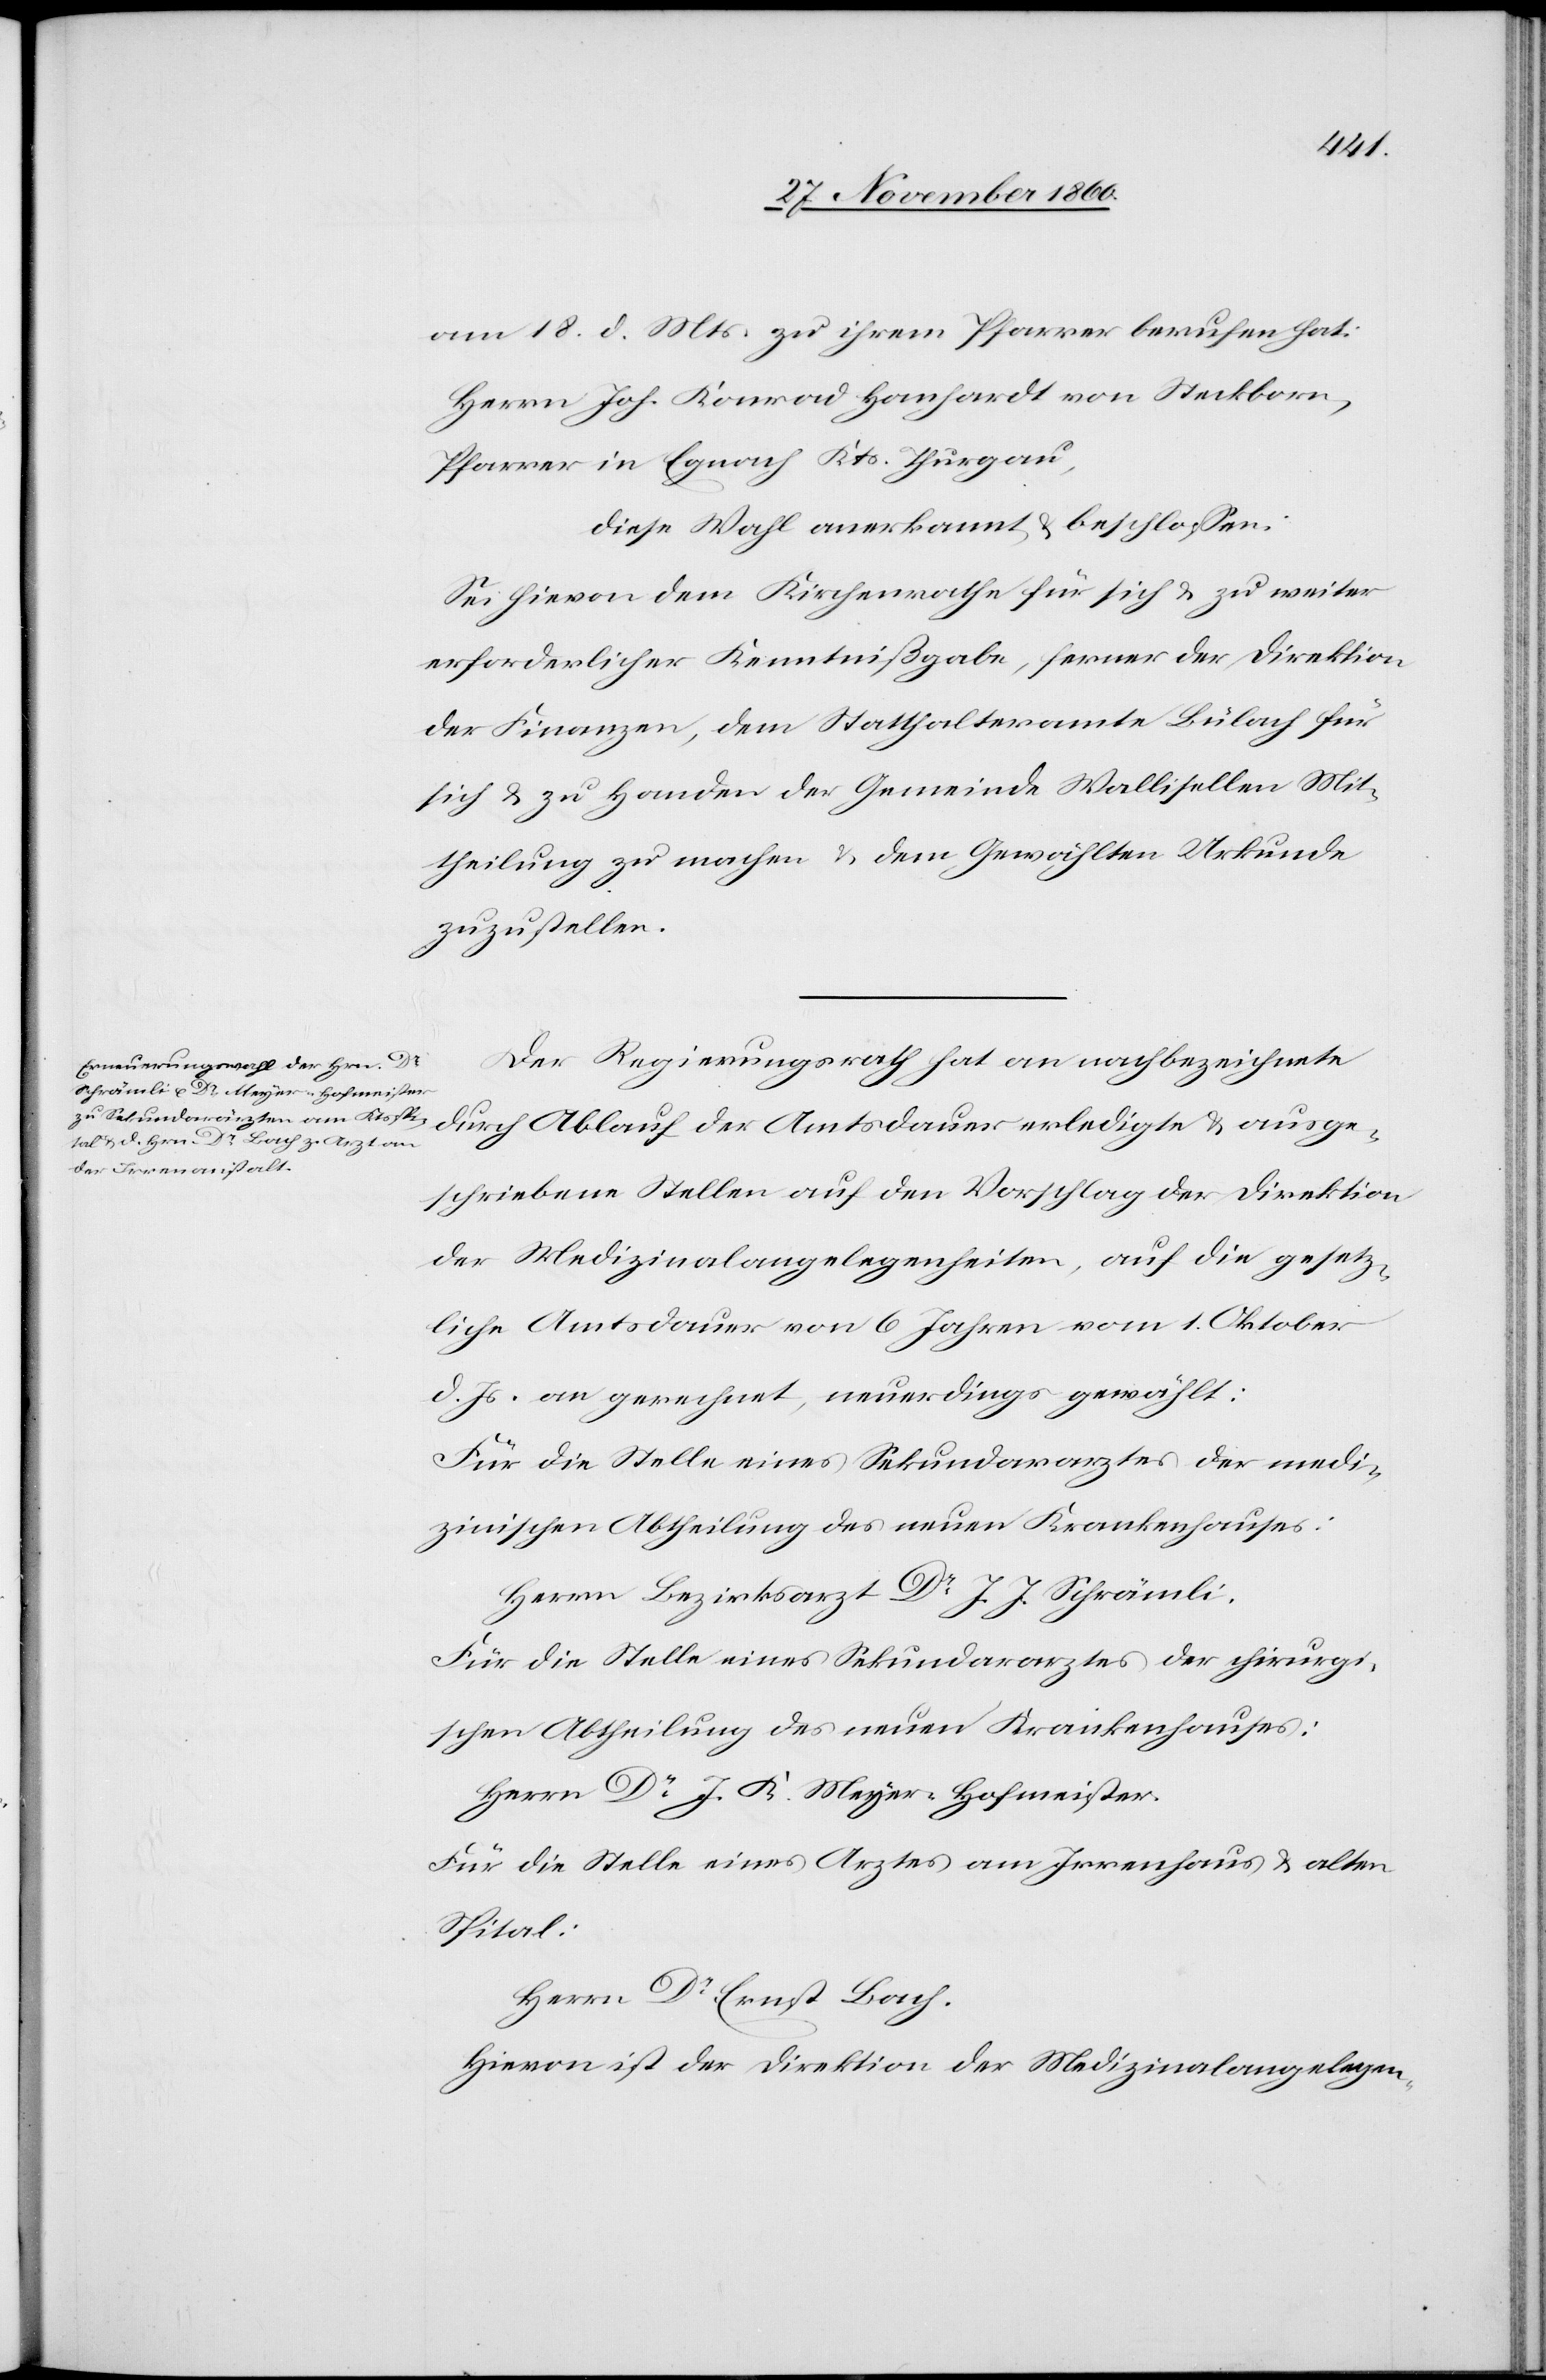
am 18. d. Mts. zu ihrem Pfarrer berufen hat:
Herrn Joh. Konrad Hanhardt von Steckborn,
Pfarrer in Egnach Kts. Thurgau,
diese Wahl anerkannt u. beschlossen:
Sei hievon dem Kirchenrathe für sich u. zu weiter
erforderlicher Kenntnißgabe, ferner der Direktion
der Finanzen, dem Statthalteramte Bülach für
sich u. zu Handen der Gemeinde Wallisellen Mit¬
theilung zu machen u. dem Gewählten Urkunde
zuzustellen.
Der Regierungsrath hat an nachbezeichnete
durch Ablauf der Amtsdauer erledigte u. ausge¬
schriebene Stellen auf den Vorschlag der Direktion
der Medizinalangelegenheiten, auf die gesetz¬
liche Amtsdauer von 6 Jahren vom 1. Oktober
d. Js. an gerechnet, neuerdings gewählt:
Für die Stelle eines Sekundararztes der medi¬
zinischen Abtheilung des neuen Krankenhauses:
Herr Bezirksarzt Dr J. J. Schrämli.
Für die Stelle eines Sekundararztes der chirurgi¬
schen Abtheilung des neuen Krankenhauses:
Herrn Dr J. K. Meyer-Hofmeister.
Für die Stelle eines Arztes am Irrenhaus u. alten
Spital:
Herrn Dr Ernst Bach.
Hievon ist der Direktion der Medizinalangelegen-